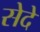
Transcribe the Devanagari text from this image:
सेदे